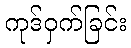
ကုဒ်ဝှက်ခြင်း